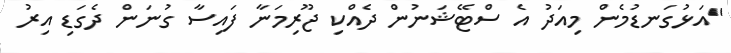
"އަޅުގަނޑުމެން މިއަދު އެ ސްޓޭޝަނުން ދެއްކި ޖޫރިމަނާ ފައިސާ ގުނަން ދެގަޑި އިރު